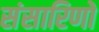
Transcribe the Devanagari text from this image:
संसारिणो